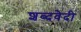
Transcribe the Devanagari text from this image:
शब्दवेदी